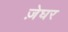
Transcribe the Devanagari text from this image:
ज़ेघर